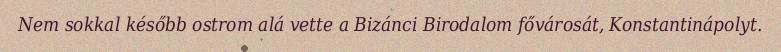
Nem sokkal később ostrom alá vette a Bizánci Birodalom fővárosát, Konstantinápolyt.